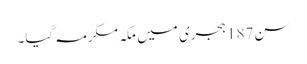
سن187 ہجری میں مکہ مکرمہ گیا۔